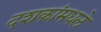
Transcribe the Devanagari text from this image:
दशकांमधले